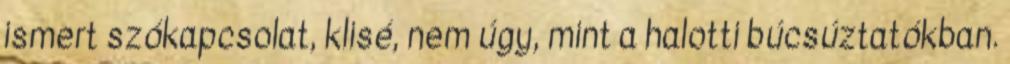
ismert szókapcsolat, klisé, nem úgy, mint a halotti búcsúztatókban.